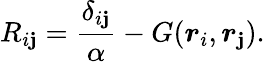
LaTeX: R_{i\mathbf{j}}=\frac{{\delta_{i\mathbf{j}}}}{{\alpha}}-G(\boldsymbol{r}_{i},\boldsymbol{r}_{\mathbf{j}}).